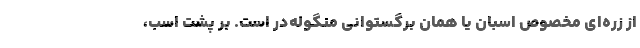
از زره‌ای مخصوص اسبان یا همان بَرگُستوانی منگوله‌در است. بر پشت اسب،